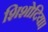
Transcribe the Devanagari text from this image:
शिशोदिया।